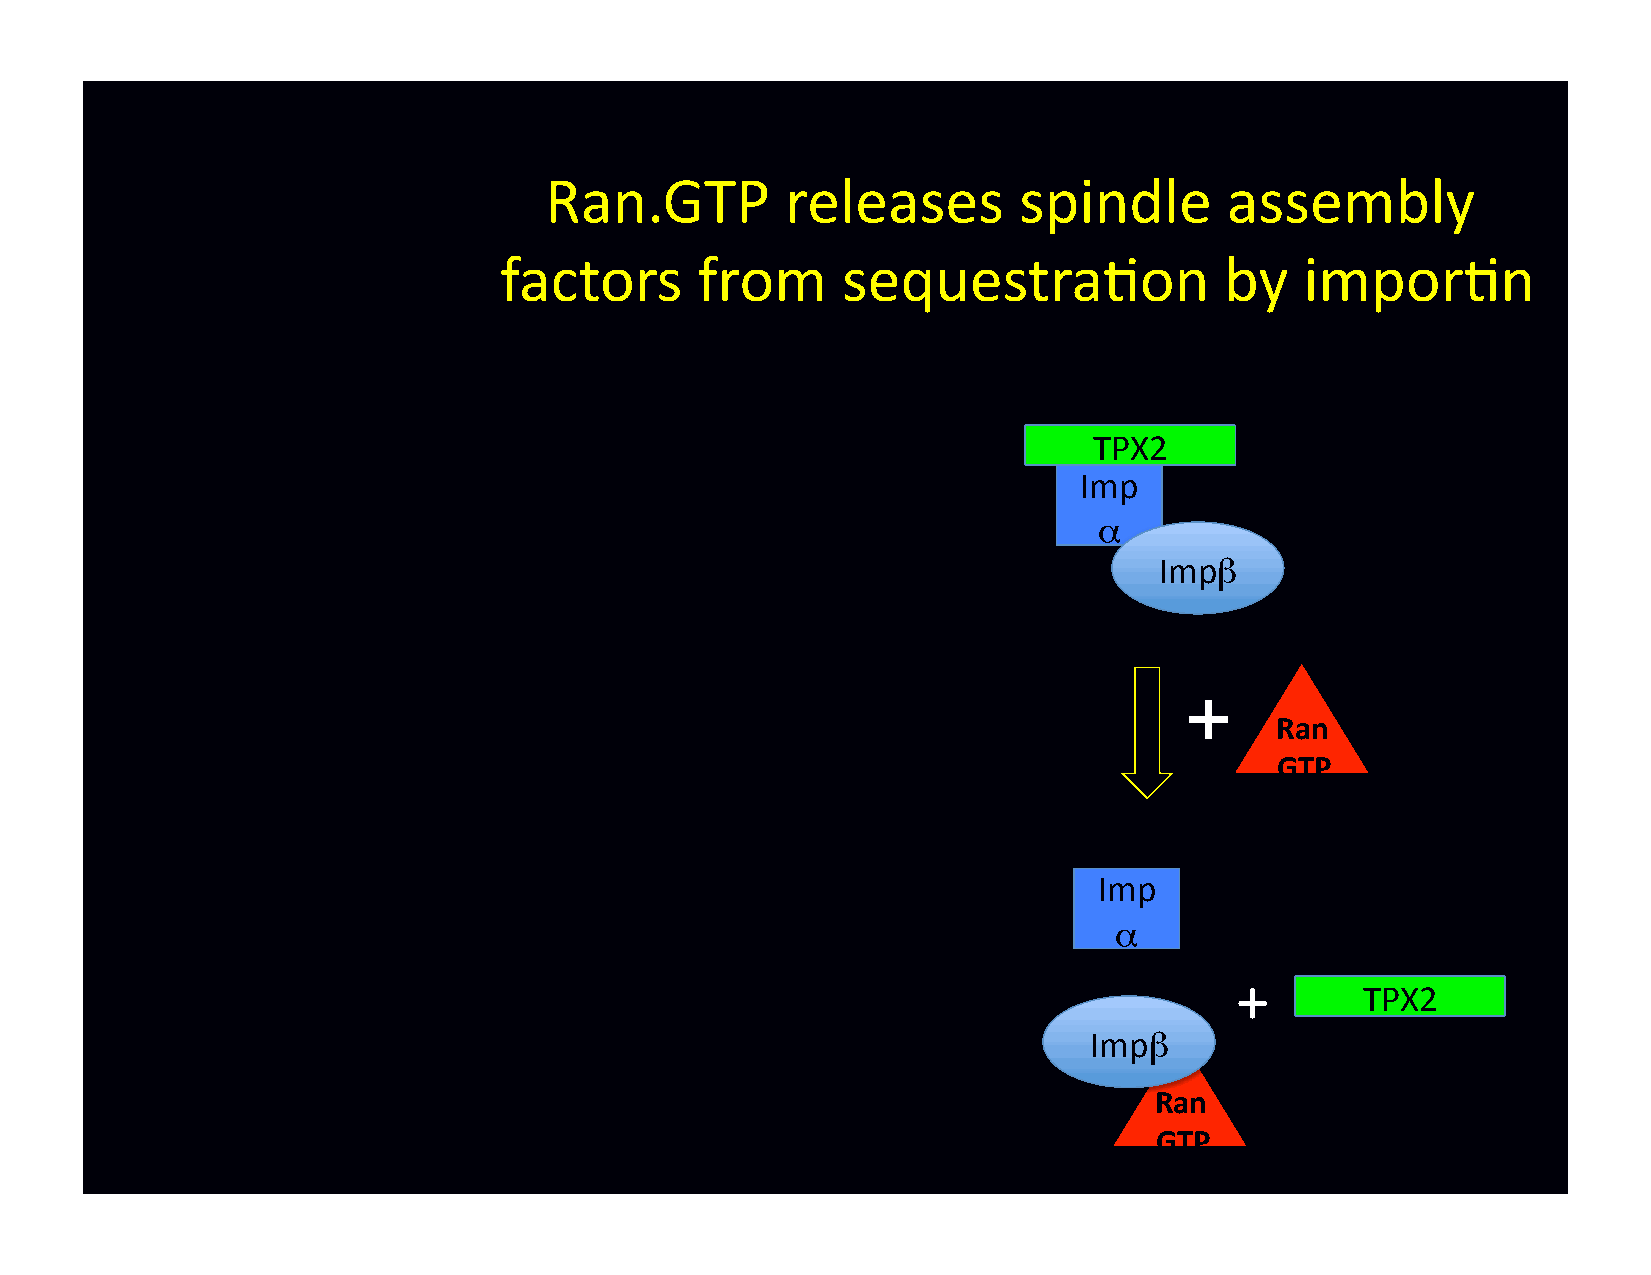
Ran.GTP         releases       spindle       assembly
 factors      from      sequestra-on             by   impor-n
 TPX2
 Imp
 α
 Impβ
 +
 Ran
 GTP
 Imp
 α
 +
 TPX2
 Impβ
 Ran
 GTP